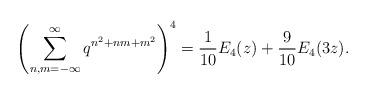
LaTeX: \begin{align*}\left(\sum^{\infty}_{n,m=-\infty}q^{n^2+nm+m^2}\right)^4=\frac{1}{10}E_4(z)+\frac{9}{10} E_4(3z).\end{align*}